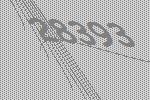
28393